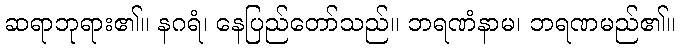
ဆရာဘုရား၏။ နဂရံ၊ နေပြည်တော်သည်။ ဘရဏံနာမ၊ ဘရဏမည်၏။